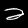
Label: 2